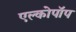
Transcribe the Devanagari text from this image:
एल्कोपॉप